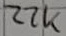
Text: 22K